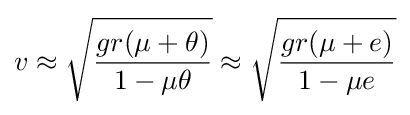
v\approx {\sqrt {\frac {gr(\mu +\theta )}{1-\mu \theta }}}\approx {\sqrt {\frac {gr(\mu +e)}{1-\mu e}}}